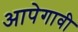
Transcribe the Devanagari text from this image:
आपेगावी